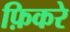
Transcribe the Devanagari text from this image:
फ़िकरे